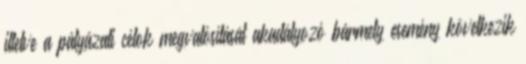
illetve a pályázati célok megvalósítását akadályozó bármely esemény következik